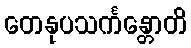
တေနုပသင်္ကန္တောတိ